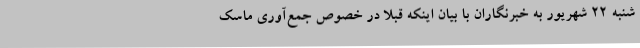
شنبه 22 شهریور به خبرنگاران با بیان اینکه قبلا در خصوص جمع‌آوری ماسک